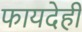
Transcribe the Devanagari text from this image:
फायदेही